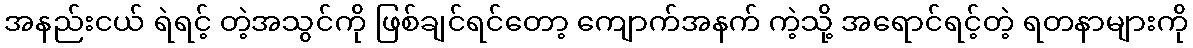
အနည်းငယ် ရဲရင့် တဲ့အသွင်ကို ဖြစ်ချင်ရင်တော့ ကျောက်အနက် ကဲ့သို့ အရောင်ရင့်တဲ့ ရတနာများကို